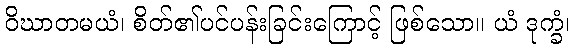
ဝိဃာတမယံ၊ စိတ်၏ပင်ပန်းခြင်းကြောင့် ဖြစ်သော။ ယံ ဒုက္ခံ၊